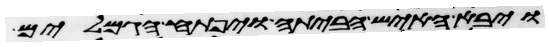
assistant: ויבא האיש הביתה ויפתח הגמלים